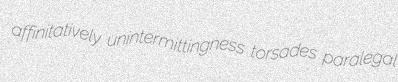
affinitatively unintermittingness torsades paralegal